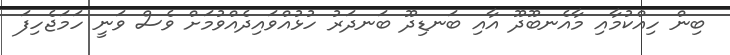
ބިން ހިއްކުމާއި މާއެނބޫދޫ އާއި ބަނޑިދޫ ބަނދަރު ހުޅުއްވައިދެއްވުމަށް ވެސް ވަނީ ހަމަޖެހިފަ